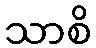
သာစိ